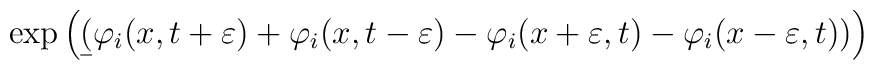
\exp\left(\b(\varphi_i(x,t+\varepsilon)+\varphi_i(x,t-\varepsilon)-\varphi_i(x+\varepsilon,t)-\varphi_i(x-\varepsilon,t))\right)